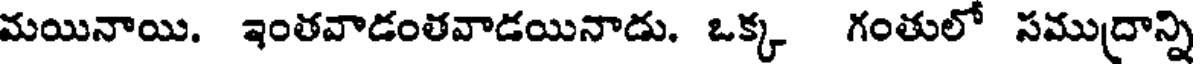
మయినాయి. ఇంతవాడంతవాడయినాడు. ఒక్క గంతులో సముద్రాన్ని